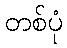
တစ်ပုံ